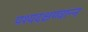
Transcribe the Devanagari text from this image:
पश्यदक्षण्वान्न